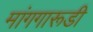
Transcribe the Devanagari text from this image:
मांगगारूडी